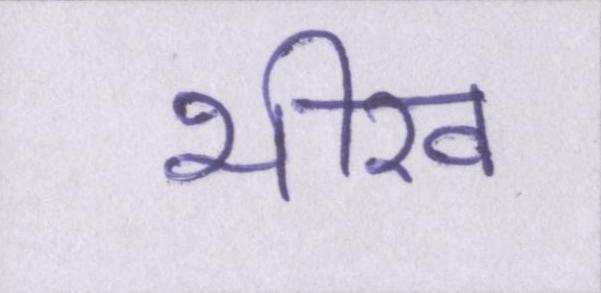
भीख